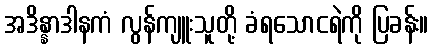
အဒိန္နာဒါနကံ လွန်ကျူးသူတို့ ခံရသောငရဲကို ပြခန်း။